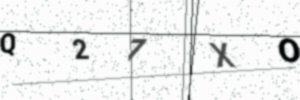
Text: Q27XO